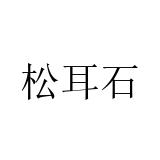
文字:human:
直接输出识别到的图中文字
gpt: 松耳石